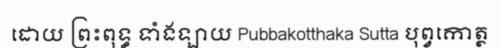
ដោយ ព្រះពុទ្ធ ទាំងឡាយ Pubbakotthaka Sutta បុព្វកោត្ថ